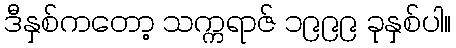
ဒီနှစ်ကတော့ သက္ကရာဇ် ၁၉၉၉ ခုနှစ်ပါ။